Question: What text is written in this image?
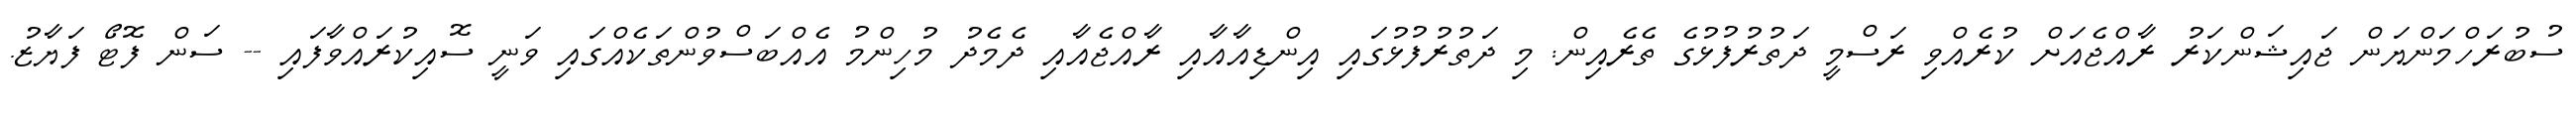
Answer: ސުބުރަހްމަންޔަން ޖައިޝަންކަރު ރާއްޖެއަށް ކުރެއްވި ރަސްމީ ދަތުރުފުޅުގެ ތެރެއިން: މި ދަތުރުފުޅުގައި އިންޑިއާއާއި ރާއްޖެއާއި ދެމެދު މުހިންމު އެއްބަސްވުންތަކެއްގައި ވަނީ ސޮއިކުރައްވާފައި -- ސަން ފޮޓޯ ފަޔާޒު.